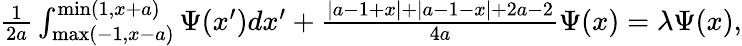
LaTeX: \begin{array}{r}{\frac{1}{2a}\int_{\mathrm{max}(-1,x-a)}^{\mathrm{min}(1,x+a)}\Psi(x^{\prime})dx^{\prime}+\frac{|a-1+x|+|a-1-x|+2a-2}{4a}\Psi(x)=\lambda\Psi(x),}\end{array}